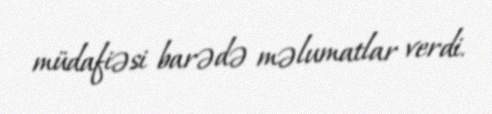
müdafiəsi barədə məlumatlar verdi.